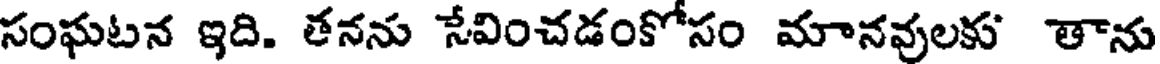
సంఘటన ఇది. తనను సేవించడంకోసం మానవులకు తాను